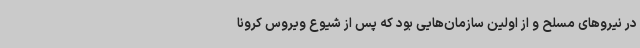
در نیروهای مسلح و از اولین سازمان‌هایی بود که پس از شیوع ویروس کرونا